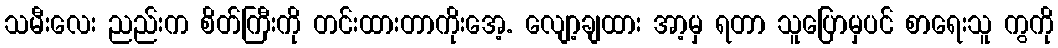
သမီးလေး ညည်းက စိတ်ကြီးကို တင်းထားတာကိုးအေ့. လျော့ချထား အာ့မှ ရတာ သူပြောမှပင် စာရေးသူ ကွကို